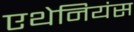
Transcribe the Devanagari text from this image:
एथेनियंस